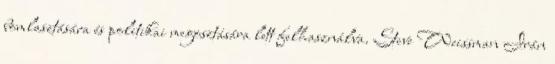
bomlasztására és politikai megosztására lett felhasználva. Steve Weissman Irán